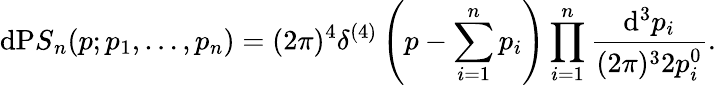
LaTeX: \mathrm{d}{\mathrm{P}S}_{n}(p;p_{1},\ldots,p_{n})=(2\pi)^{4}\delta^{(4)}\left(p-\sum_{i=1}^{n}p_{i}\right)\prod_{i=1}^{n}\frac{{\mathrm{d}^{3}p_{i}}}{{(2\pi)^{3}2p_{i}^{0}}}.